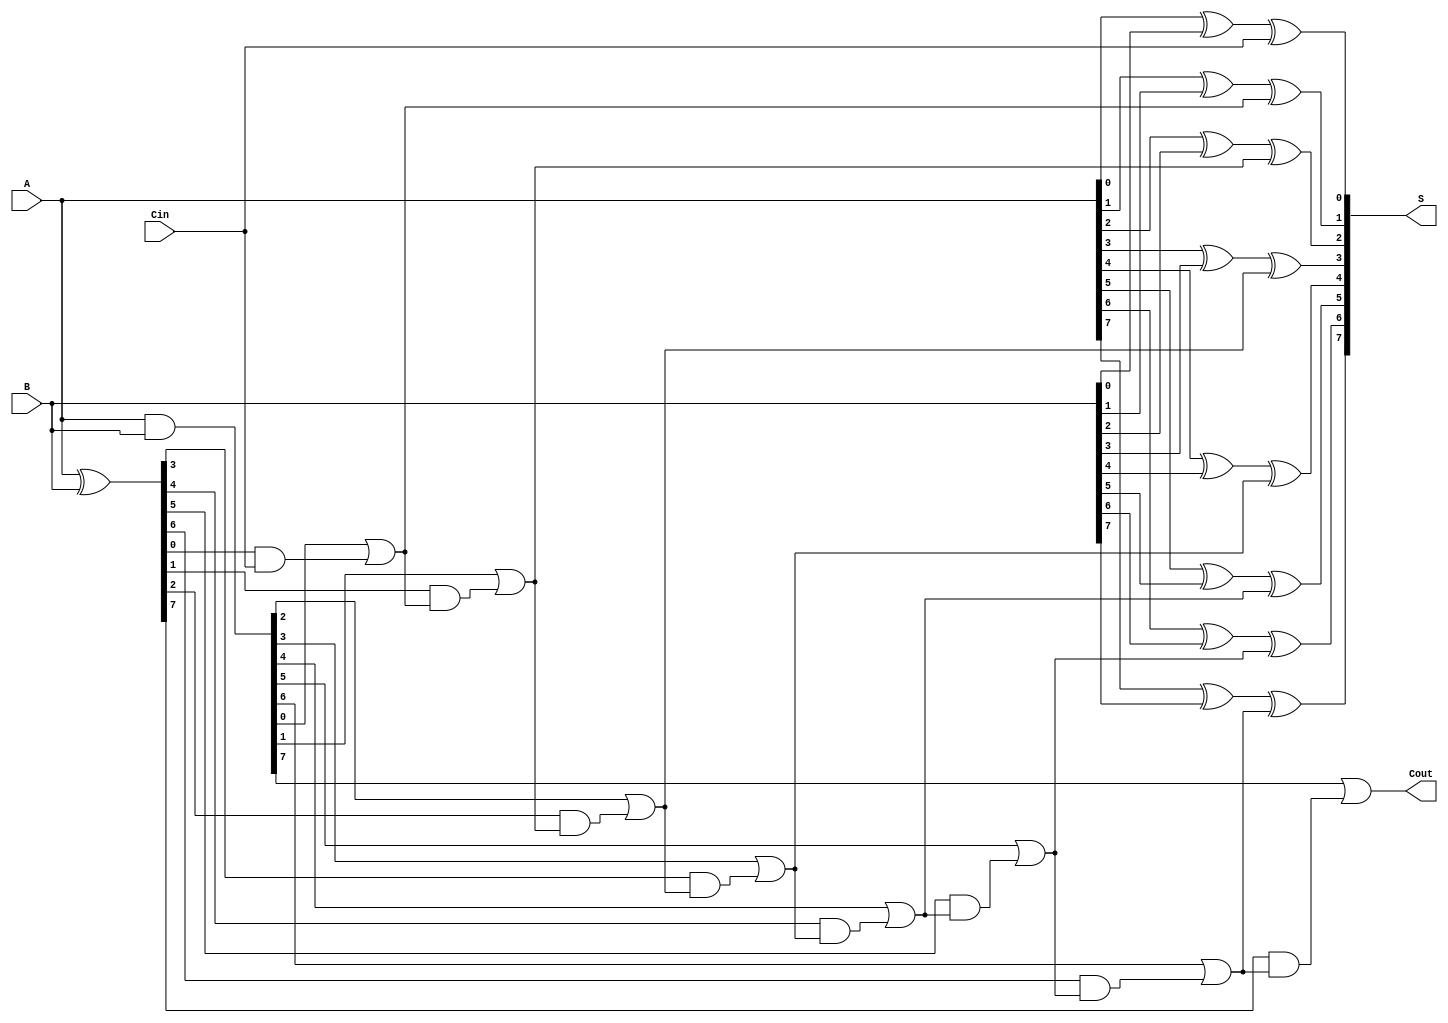
module PrecomputationCarryAdder #(
    parameter N = 8  // Bit-width of the adder
)(
    input  [N-1:0] A,     // First n-bit input
    input  [N-1:0] B,     // Second n-bit input
    input         Cin,     // Carry-in bit
    output [N-1:0] S,      // n-bit sum output
    output        Cout      // Carry-out output
);

    wire [N-1:0] G;  // Generate signals
    wire [N-1:0] P;  // Propagate signals
    wire [N:0] C;    // Carry signals

    // Precomputation stage: Generate and Propagate signals
    assign G = A & B;            // Generate
    assign P = A ^ B;            // Propagate

    // Carry generation
    assign C[0] = Cin;           // Initial carry
    genvar i;
    generate
        for (i = 1; i < N; i = i + 1) begin : carry_gen
            assign C[i] = G[i-1] | (P[i-1] & C[i-1]);
        end
    endgenerate
    assign C[N] = G[N-1] | (P[N-1] & C[N-1]); // Final carry-out

    // Sum calculation
    generate
        for (i = 0; i < N; i = i + 1) begin : sum_calc
            assign S[i] = A[i] ^ B[i] ^ C[i];
        end
    endgenerate

    // Final carry-out
    assign Cout = C[N];

endmodule